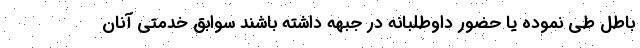
باطل طی نموده یا حضور داوطلبانه در جبهه داشته باشند سوابق خدمتی آنان